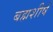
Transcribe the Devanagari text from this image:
बह्मशीर्ष